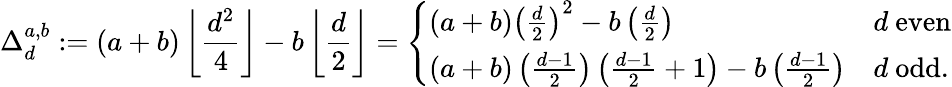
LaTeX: \Delta_{d}^{a,b}:=(a+b)\left\lfloor\frac{d^{2}}{4}\right\rfloor-b\left\lfloor\frac{d}2\right\rfloor=\left\{ \begin{array}{ll}{(a+b)\left(\frac{d}{2}\right)^{2}-b\left(\frac{d}2\right)}&{d\mathrm{~even}}\\ {(a+b)\left(\frac{d-1}{2}\right)\left(\frac{d-1}{2}+1\right)-b\left(\frac{d-1}2\right)}&{d\mathrm{~odd}.}\end{array}\right.